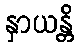
နှာယန္တိ